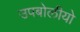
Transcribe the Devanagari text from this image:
उपबोलीयो